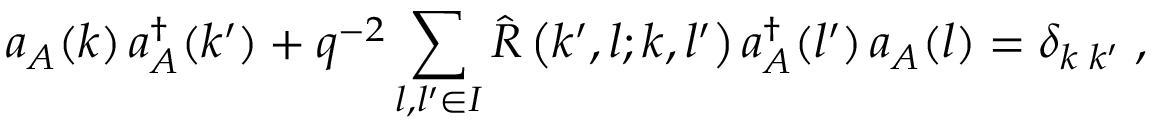
a _ { A } ( k ) \, a _ { A } ^ { \dagger } ( k ^ { \prime } ) + q ^ { - 2 } \sum _ { l , l ^ { \prime } \in { \cal I } } { \hat { \cal R } } \left( k ^ { \prime } , l ; k , l ^ { \prime } \right) a _ { A } ^ { \dagger } ( l ^ { \prime } ) \, a _ { A } ( l ) = \delta _ { k \; k ^ { \prime } } \; ,